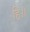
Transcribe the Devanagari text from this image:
हि॥